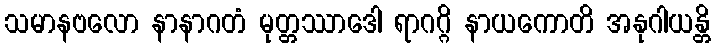
သမာနဗလော နာနာဂတံ မုတ္တဿာဒေါ ရာဂဂ္ဂိ နာယကောတိ အနုဂါယန္တိ